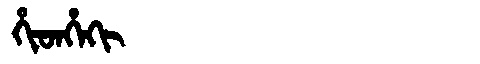
Manchu: ᡥᡳᡨᡥᡝᡴᡳ
Romanization: HITHEKI